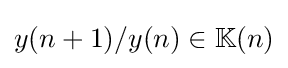
{\textstyle y(n+1)/y(n)\in \mathbb {K} (n)}